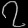
Digit: ၇